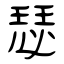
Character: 瑟